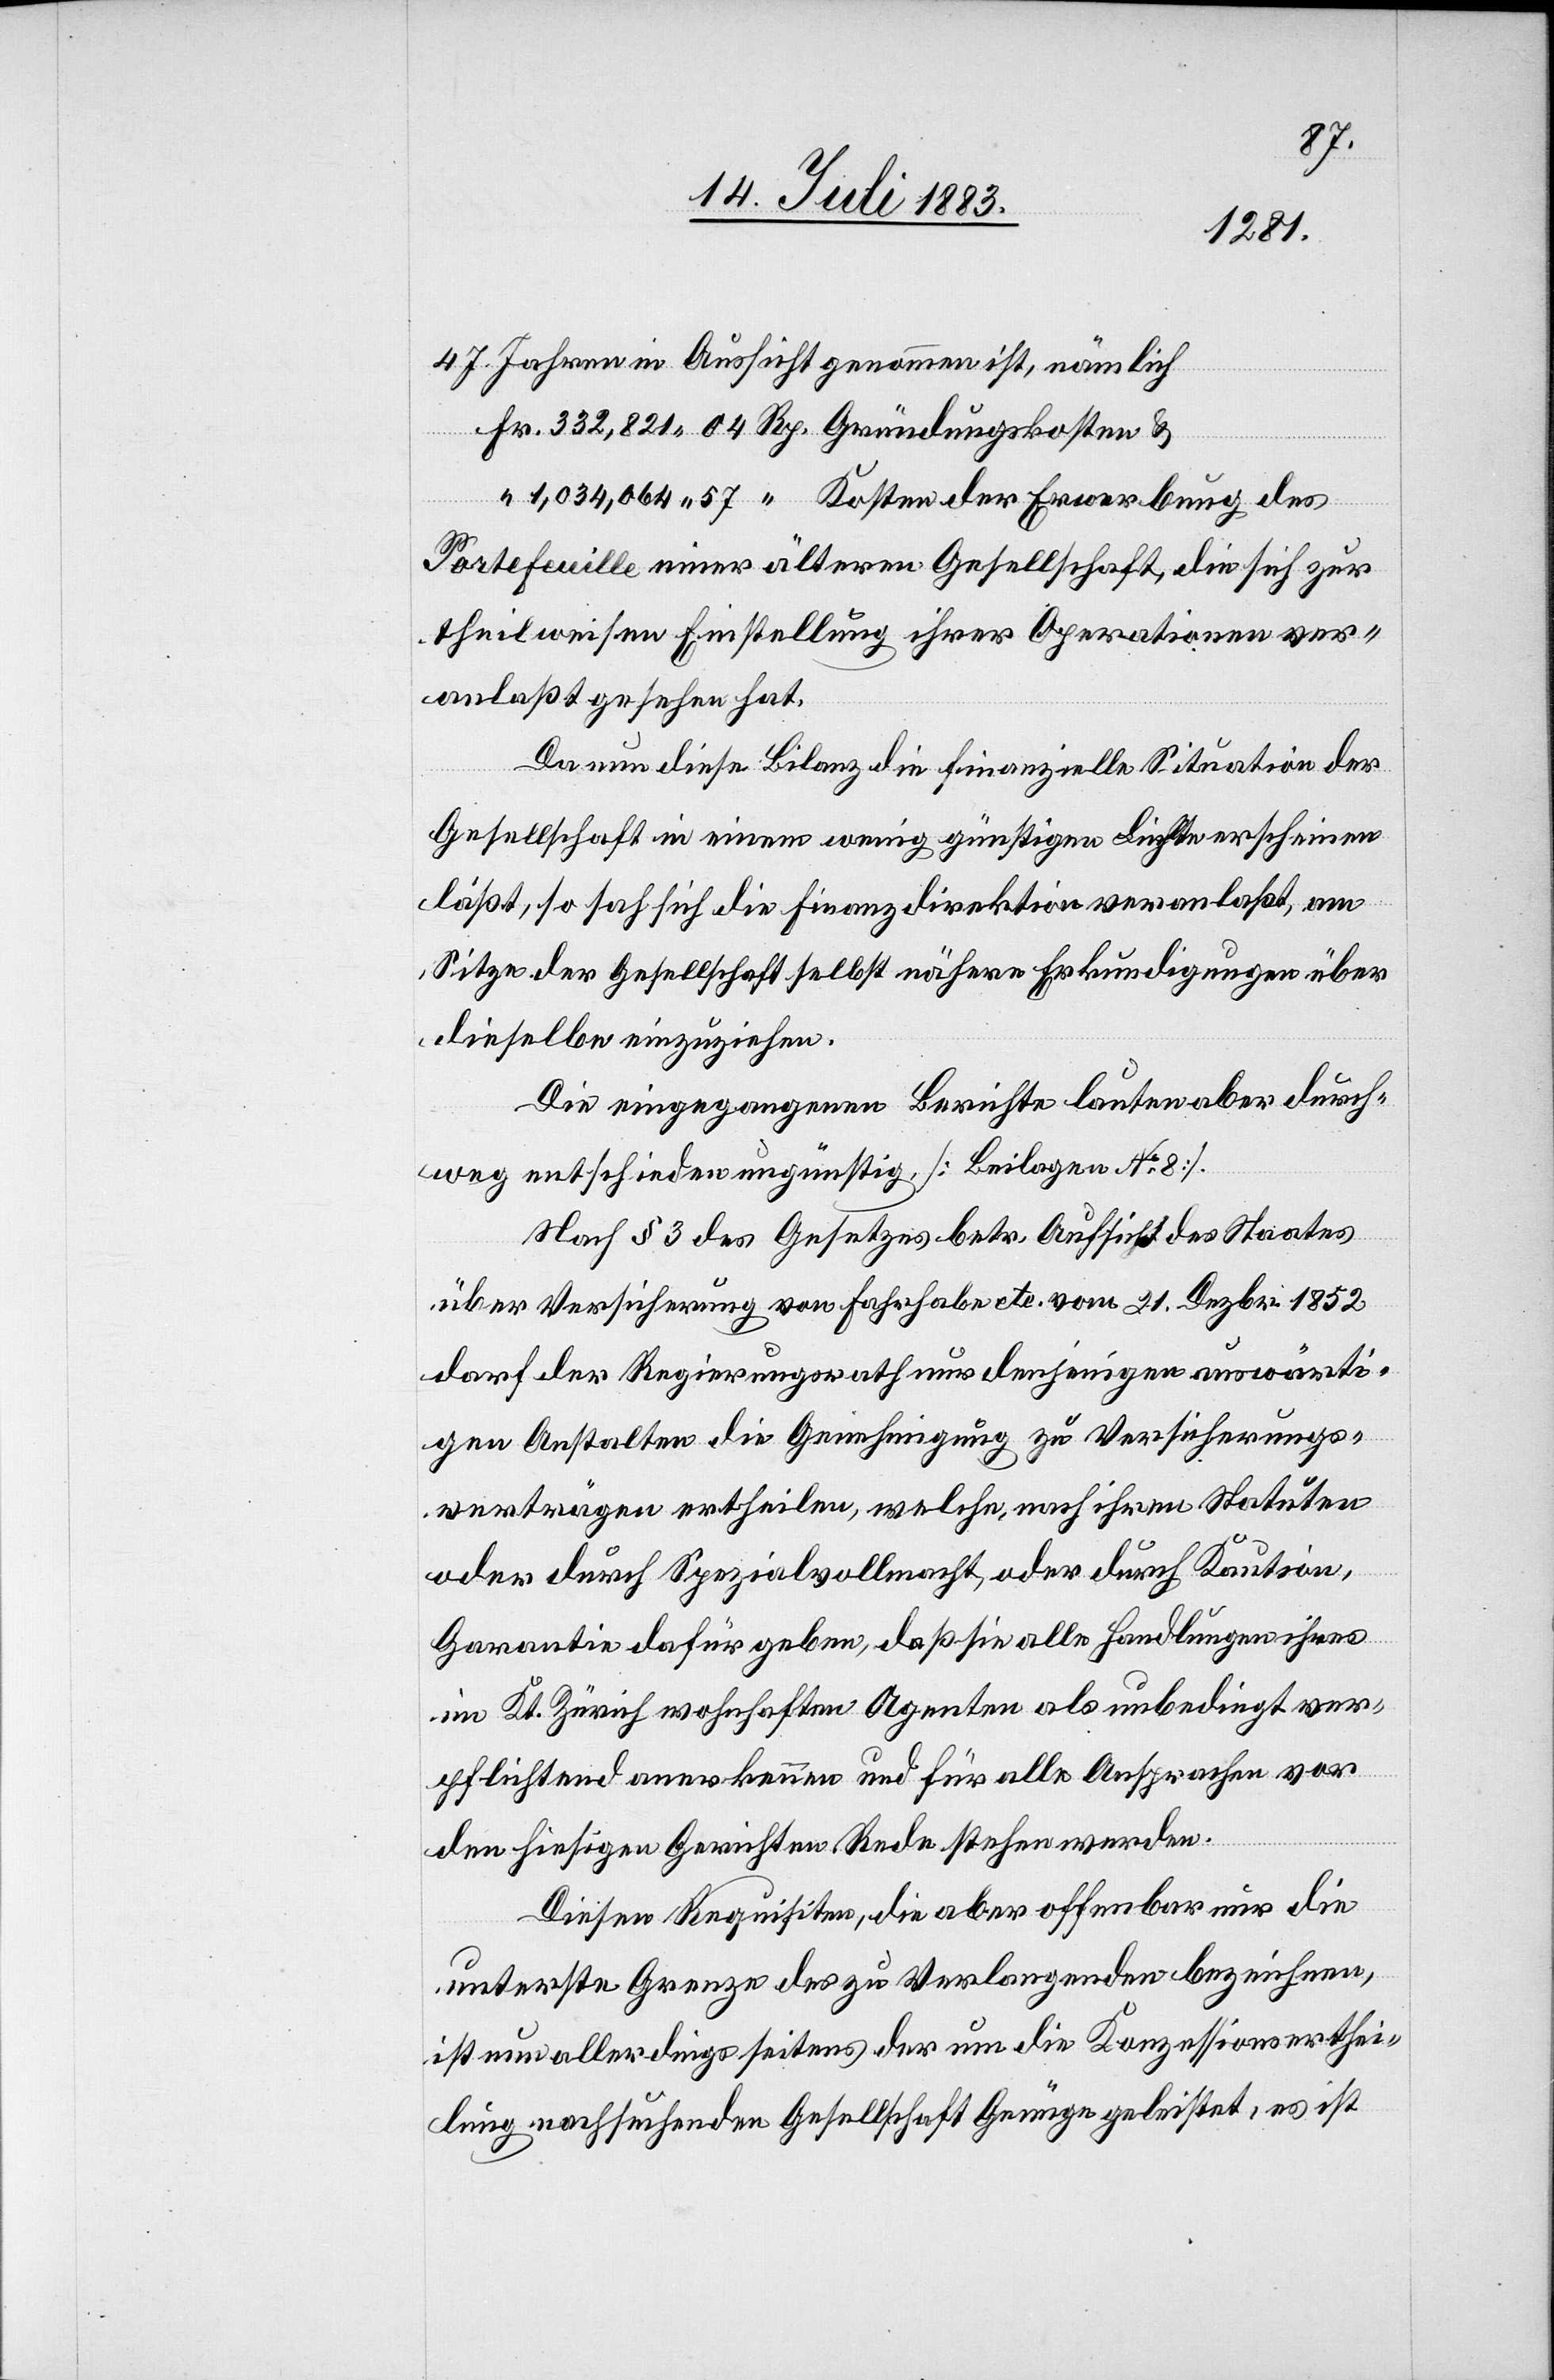
Rp.
47 Jahren in Aussicht genommen ist, nämlich
Kosten der Erwerbung
Portefeuille einer ältern Gesellschaft, die sich zur
theilweisen Einstellung ihrer Operationen ver¬
anlaßt gesehen hat.
Da nun diese Bilanz die finanzielle Situation der
Gesellschaft in einem wenig günstigen Lichte erscheinen
läßt, so sah sich die Finanzdirektion veranlaßt, am
Sitze der Gesellschaft selbst nähere Erkundigungen über
dieselbe einzuziehen.
Die eingegangenen Berichte lauten aber durch¬
weg entschieden ungünstig [Beilagen No 8].
Nach § 3 des Gesetzes betr. Aufsicht des Staates
über Versicherung von Fahrhabe etc. vom 21. Dezbr. 1852
darf der Regierungsrath nur denjenigen auswärti¬
gen Anstalten die Genehmigung zu Versicherungs¬
verträgen ertheilen, welche, nach ihren Statuten
Fr.
oder durch Spezialvollmacht, oder durch Kaution,
Garantie dafür geben, daß sie alle Handlungen ihres
im Kt. Zürich wohnhaften Agenten als unbedingt ver¬
pflichtend anerkennen und für alle Ansprachen vor
des
den hiesigen Gerichten Rede stehen werden.
Diesen Requisiten, die aber offenbar nur die
unterste Grenze des zu Verlangenden bezeichnen,
ist nun allerdings seitens der um die Konzessionserthei¬
lung nachsuchenden Gesellschaft Genüge geleistet, es ist